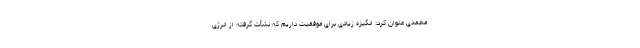
محمدی عنوان کرد: انگیزه زیادی برای موفقیت داریم که نشأت گرفته از انرژی